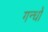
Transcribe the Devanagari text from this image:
गन्धों